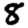
Digit: 8